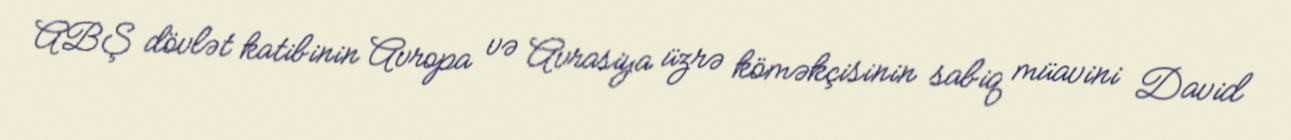
ABŞ dövlət katibinin Avropa və Avrasiya üzrə köməkçisinin sabiq müavini David